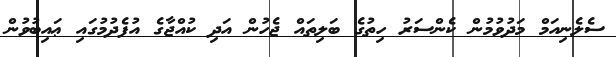
ސެލެނިއަމް މަދުވުމުން ކެންސަރު ހިތުގެ ބަލިތައް ޖެހުން އަދި ކުއްޖާގެ އުފެދުމުގައި ޢައިބުވުން